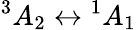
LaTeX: {}^{3}A_{2}\leftrightarrow{}^{1}A_{1}